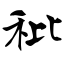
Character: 秕